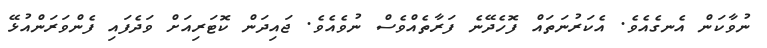
ނުވާކަން އެނގެއެވެ. އެކަރުނަތައް ފޮހެދޭނެ ފަރާތެއްވެސް ނުވެއެވެ. ޖައިދަން ކޮޓަރިއަށް ވަދެފައި ފެންވަރަންއުޅޭ